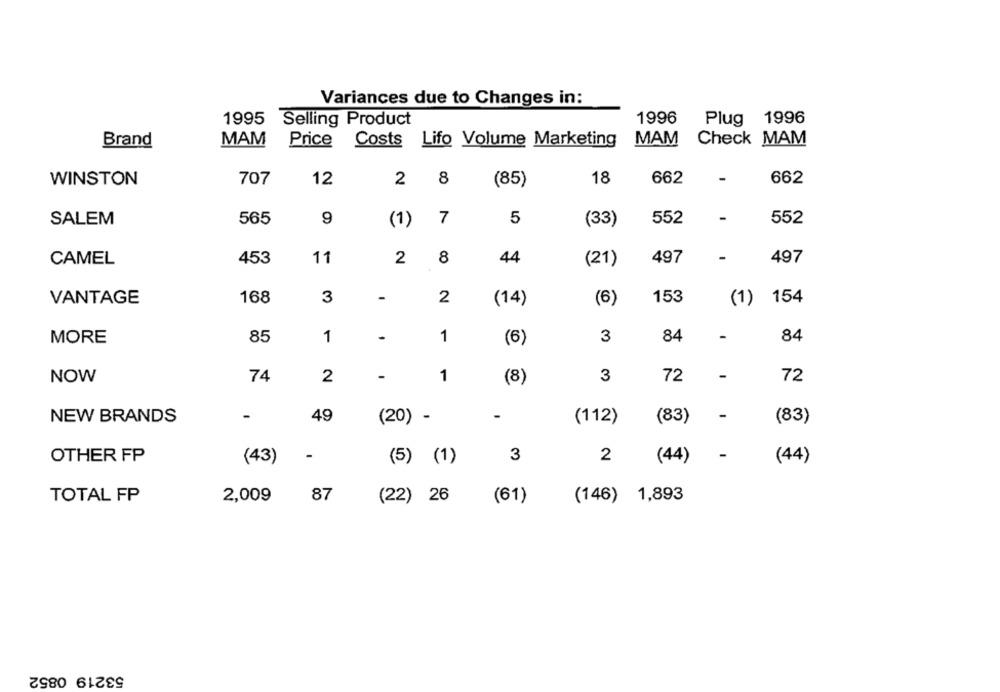
Variances due to Changes in:
1995 Selling Product
1996
Plug 1996
Brand
MAM
Price
Costs Lifo Volume Marketing
MAM
Check MAM
707
12
8
18
662
662
WINSTON
2
(85)
SALEM
565
9
(1)
7
5
552
-
552
(33)
CAMEL
453
11
2
8
44
(21)
497
-
497
3
-
2
153
VANTAGE
168
(14)
(6)
(1)
154
85
1
-
1
3
84
-
84
MORE
(6)
-
NOW
74
2
1
(8)
3
72
-
72
-
NEW BRANDS
49
(20) -
-
(112)
(83)
-
(83)
OTHER FP
-
3
2
(43)
(5) (1)
(44)
(44)
TOTAL FP
2,009
87
(146)
1,893
(22) 26
(61)
53219 0852